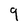
Character: 9